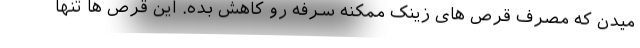
میدن که مصرف قرص های زینک ممکنه سرفه رو کاهش بده. این قرص ها تنها